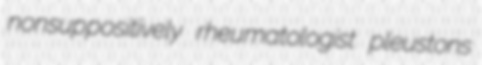
nonsuppositively rheumatologist pleustons